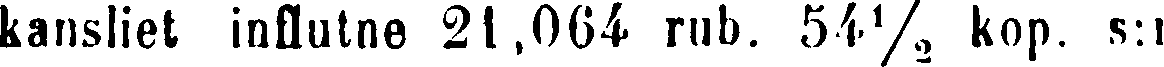
kansliet influtne 21,064 rub. 54½ kop. s:i